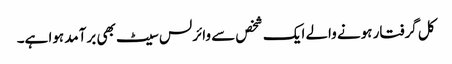
کل گرفتار ہونے والے ایک شخص سے وائرلس سیٹ بھی برآمد ہوا ہے۔